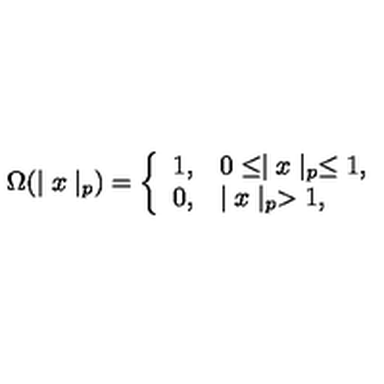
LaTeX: \Omega ( \mid x \mid _ { p } ) = \left\{ \begin{array} { l l } { 1 , } & { 0 \leq \mid x \mid _ { p } \leq 1 , } \\ { 0 , } & { \mid x \mid _ { p } > 1 , } \\ \end{array} \right.